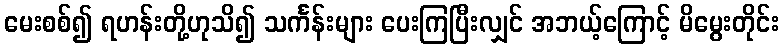
မေးစစ်၍ ရဟန်းတို့ဟုသိ၍ သင်္ကန်းများ ပေးကြပြီးလျှင် အဘယ့်ကြောင့် မိမွေးတိုင်း